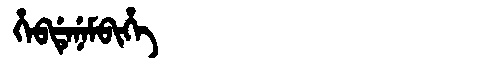
Manchu: ᡥᡝᠪᡩᡝᠨᡝᠮᠪᡳᡥᡝ
Romanization: HEBDENEMBIHE